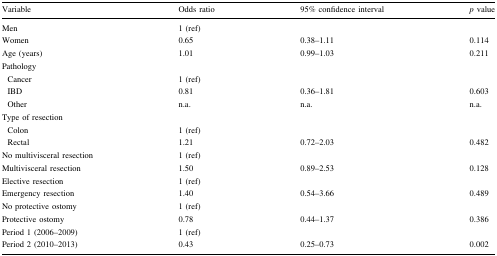
<table><thead><tr><td><b>Variable</b></td><td><b>Odds ratio</b></td><td><b>95% confidence interval</b></td><td><b><i>p</i> value</b></td></tr></thead><tbody><tr><td>Men</td><td>1 (ref)</td><td></td><td></td></tr><tr><td>Women</td><td>0.65</td><td>0.38–1.11</td><td>0.114</td></tr><tr><td>Age (years)</td><td>1.01</td><td>0.99–1.03</td><td>0.211</td></tr><tr><td colspan="4">Pathology</td></tr><tr><td> Cancer</td><td>1 (ref)</td><td></td><td></td></tr><tr><td> IBD</td><td>0.81</td><td>0.36–1.81</td><td>0.603</td></tr><tr><td> Other</td><td>n.a.</td><td>n.a.</td><td>n.a.</td></tr><tr><td colspan="4">Type of resection</td></tr><tr><td> Colon</td><td>1 (ref)</td><td></td><td></td></tr><tr><td> Rectal</td><td>1.21</td><td>0.72–2.03</td><td>0.482</td></tr><tr><td>No multivisceral resection</td><td>1 (ref)</td><td></td><td></td></tr><tr><td>Multivisceral resection</td><td>1.50</td><td>0.89–2.53</td><td>0.128</td></tr><tr><td>Elective resection</td><td>1 (ref)</td><td></td><td></td></tr><tr><td>Emergency resection</td><td>1.40</td><td>0.54–3.66</td><td>0.489</td></tr><tr><td>No protective ostomy</td><td>1 (ref)</td><td></td><td></td></tr><tr><td>Protective ostomy</td><td>0.78</td><td>0.44–1.37</td><td>0.386</td></tr><tr><td>Period 1 (2006–2009)</td><td>1 (ref)</td><td></td><td></td></tr><tr><td>Period 2 (2010–2013)</td><td>0.43</td><td>0.25–0.73</td><td>0.002</td></tr></tbody></table>